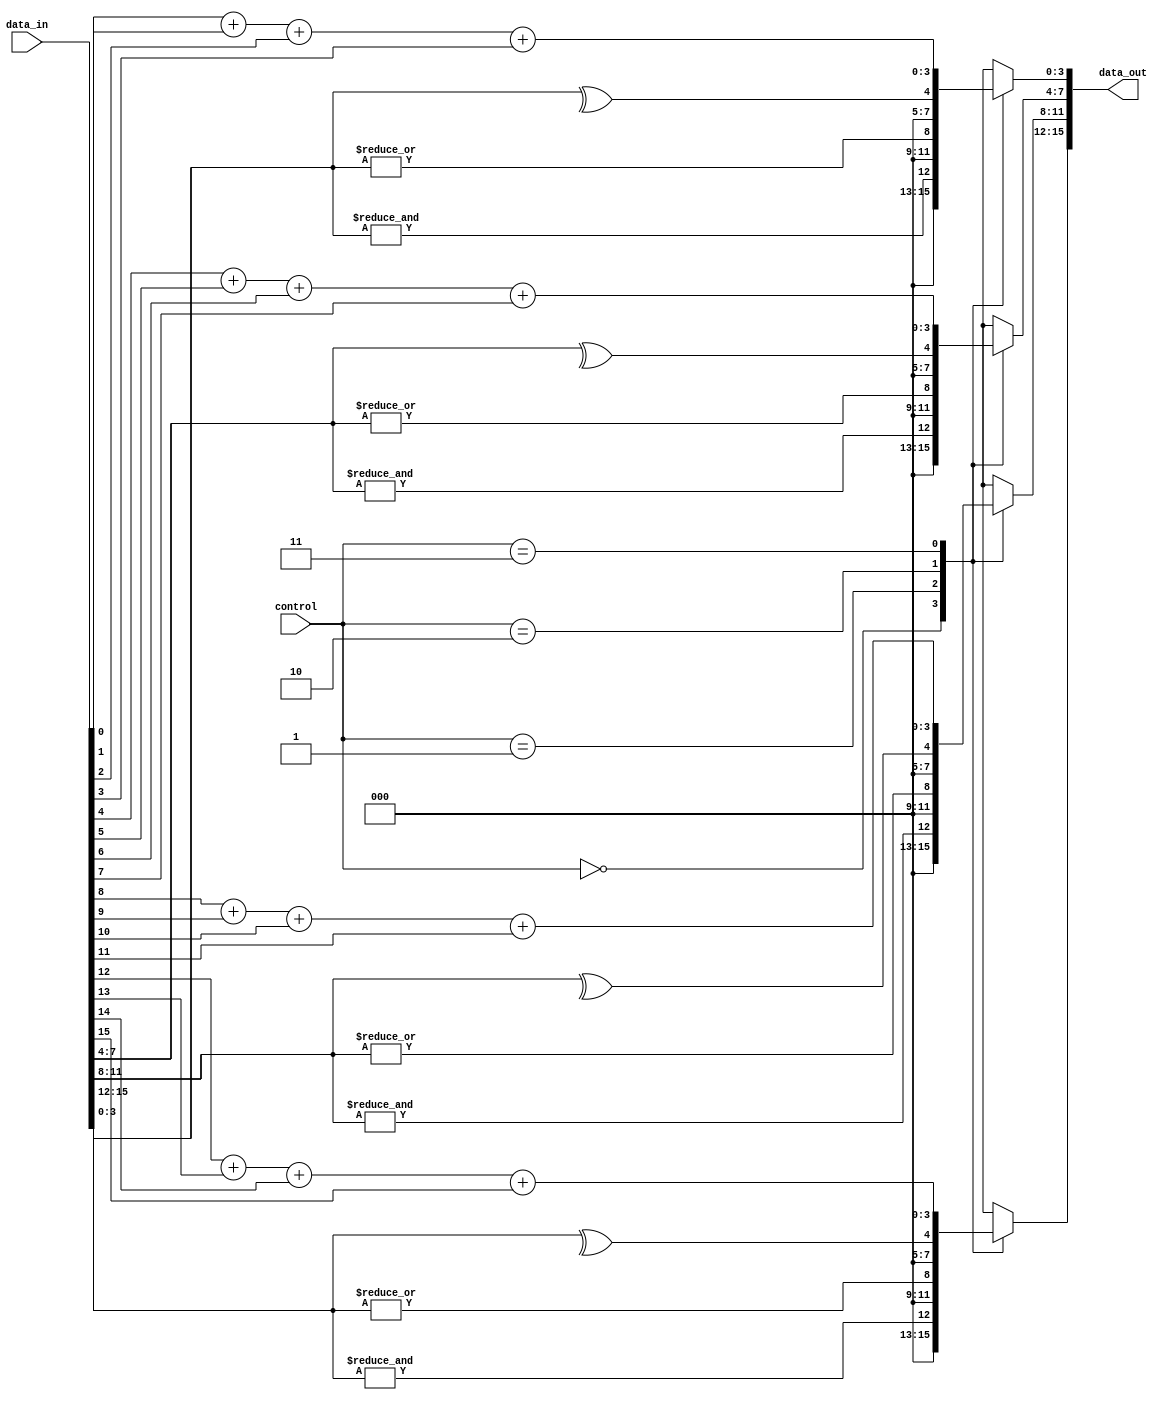
module adjacency_groups #(
    parameter WIDTH = 4,  // Width of the input grid
    parameter HEIGHT = 4  // Height of the input grid
)(
    input wire [WIDTH*HEIGHT-1:0] data_in,  // Input data (flattened 2D array)
    input wire [1:0] control,                // Control signals for operation mode
    output reg [WIDTH*HEIGHT-1:0] data_out   // Output data (flattened 2D array)
);

// Internal signals for grouped data
reg [WIDTH-1:0] group_data [0:HEIGHT-1]; // Grouped data for each row
integer i, j;

// Combinational logic to process adjacency groups
always @(*) begin
    // Initialize output
    data_out = 0;

    // Grouping logic based on adjacency (2D)
    for (i = 0; i < HEIGHT; i = i + 1) begin
        for (j = 0; j < WIDTH; j = j + 1) begin
            // Assign the input data to the group
            group_data[i][j] = data_in[i * WIDTH + j];
        end
    end

    // Processing logic based on control signals
    case (control)
        2'b00: begin // AND operation on each group
            for (i = 0; i < HEIGHT; i = i + 1) begin
                data_out[i * WIDTH +: WIDTH] = &group_data[i]; // AND reduction
            end
        end
        2'b01: begin // OR operation on each group
            for (i = 0; i < HEIGHT; i = i + 1) begin
                data_out[i * WIDTH +: WIDTH] = |group_data[i]; // OR reduction
            end
        end
        2'b10: begin // XOR operation on each group
            for (i = 0; i < HEIGHT; i = i + 1) begin
                data_out[i * WIDTH +: WIDTH] = ^group_data[i]; // XOR reduction
            end
        end
        2'b11: begin // Custom operation (e.g., summation)
            for (i = 0; i < HEIGHT; i = i + 1) begin
                data_out[i * WIDTH +: WIDTH] = group_data[i][0]; // Example: output first element
                for (j = 1; j < WIDTH; j = j + 1) begin
                    data_out[i * WIDTH +: WIDTH] = data_out[i * WIDTH +: WIDTH] + group_data[i][j]; // Summation
                end
            end
        end
        default: begin
            data_out = 0; // Default case
        end
    endcase
end

endmodule